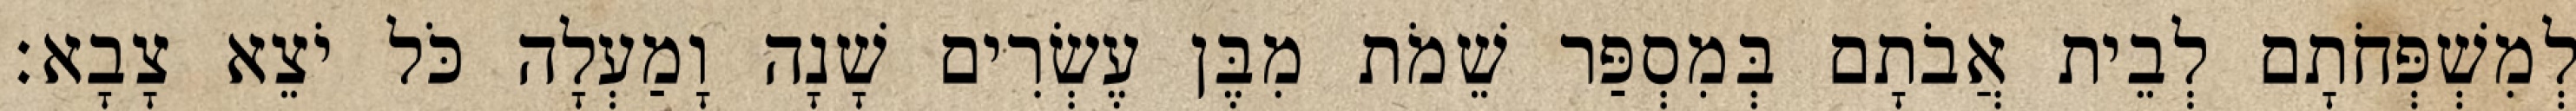
לְמִשְׁפְּחֹתָם לְבֵית אֲבֹתָם בְּמִסְפַּר שֵׁמֹת מִבֶּן עֶשְׂרִים שָׁנָה וָמַעְלָה כֹּל יֹצֵא צָבָא׃